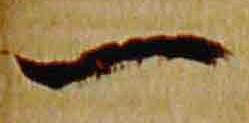
一